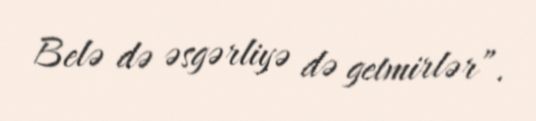
Belə də əsgərliyə də getmirlər”.